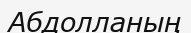
Абдолланың